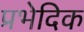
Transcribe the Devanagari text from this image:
प्रभेदिक